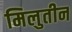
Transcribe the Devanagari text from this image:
मिलुतीन